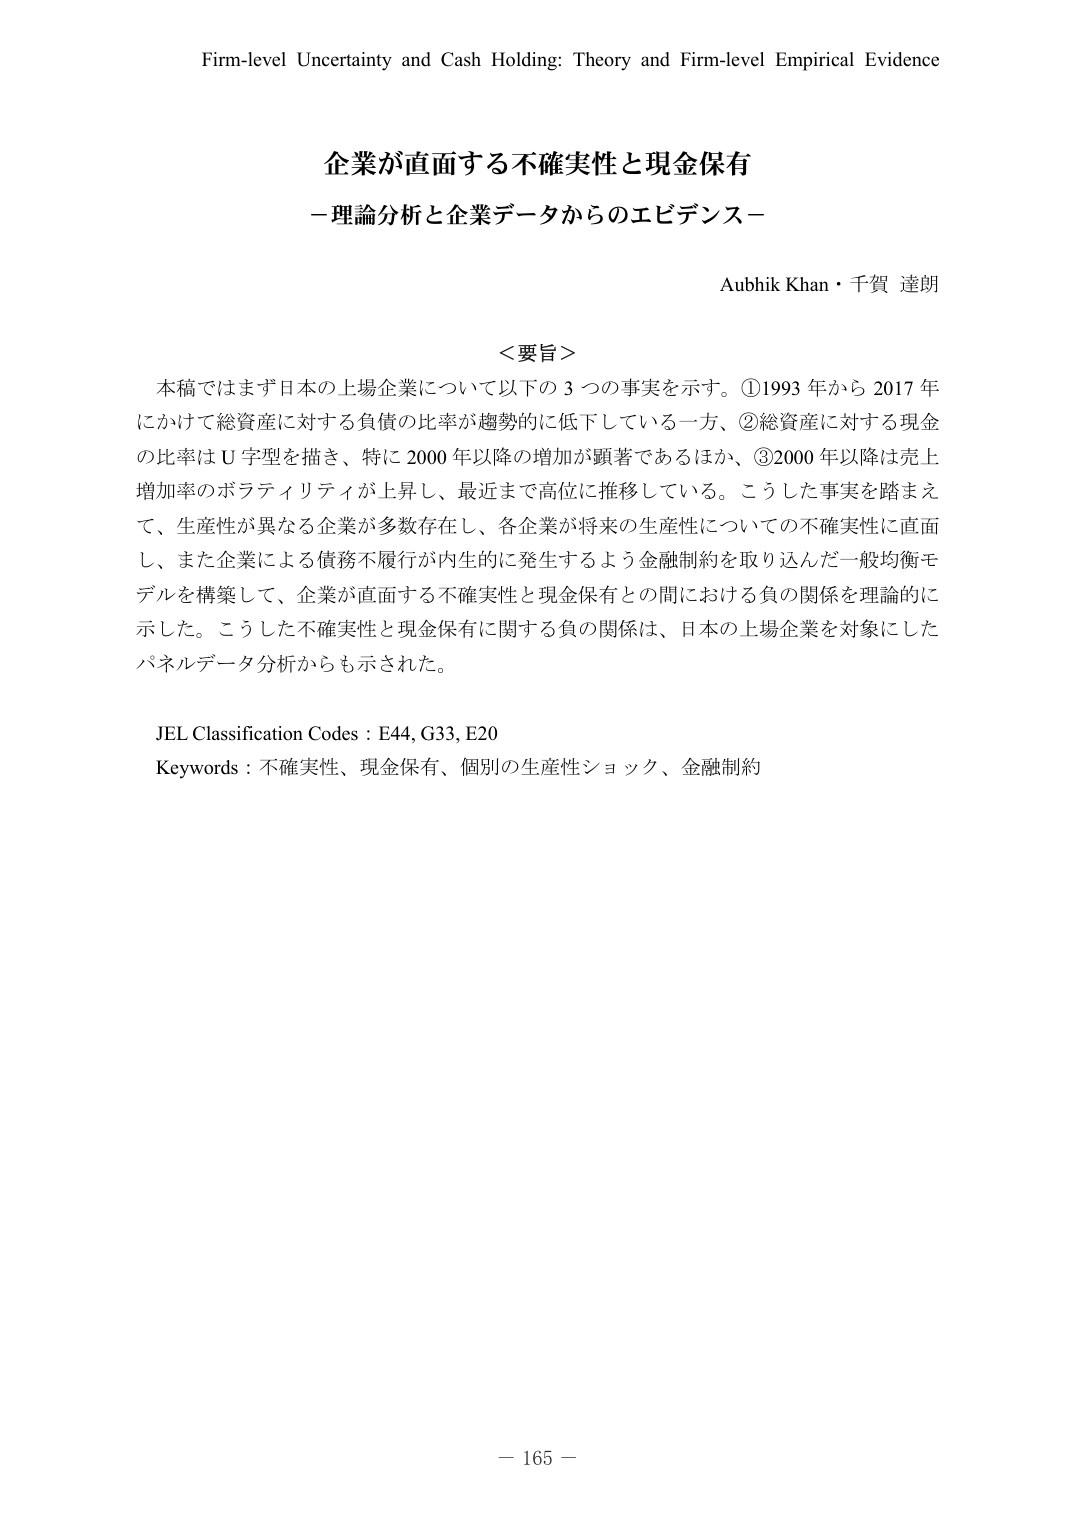
Firm-level Uncertainty and Cash Holding: Theory and Firm-level Empirical Evidence

企業が直面する不確実性と現金保有
－理論分析と企業データからのエビデンス－

Aubhik Khan・千賀 達朗

＜要旨＞
本稿ではまず日本の上場企業について以下の３つの事実を示す。①1993年から2017年にかけて総資産に対する負債の比率が趨勢的に低下している一方、②総資産に対する現金の比率はU字型を描き、特に2000年以降の増加が顕著であるほか、③2000年以降は売上増加率のボラティリティが上昇し、最近まで高位に推移している。こうした事実を踏まえて、生産性が異なる企業が多数存在し、各企業が将来の生産性についての不確実性に直面し、また企業による債務不履行が内生的に発生するよう金融制約を取り込んだ一般均衡モデルを構築して、企業が直面する不確実性と現金保有との間における負の関係を理論的に示した。こうした不確実性と現金保有に関する負の関係は、日本の上場企業を対象にしたパネルデータ分析からも示された。

JEL Classification Codes : E44, G33, E20
Keywords : 不確実性、現金保有、個別の生産性ショック、金融制約

－ 165 －